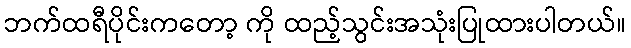
ဘက်ထရီပိုင်းကတော့ ကို ထည့်သွင်းအသုံးပြုထားပါတယ်။